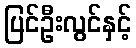
ပြင်ဦးလွင်နှင့်